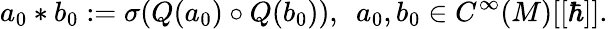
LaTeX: a_{0}*b_{0}:=\sigma(Q(a_{0})\circ Q(b_{0})),\ \ a_{0},b_{0}\in C^{\infty}(M)[[\hbar]].